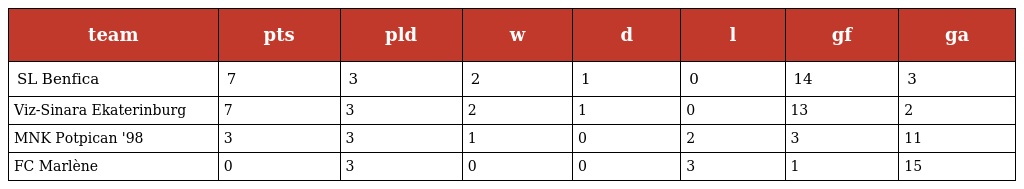
| team | pts | pld | w | d | l | gf | ga |
 | --- | --- | --- | --- | --- | --- | --- | --- |
 | SL Benfica | 7 | 3 | 2 | 1 | 0 | 14 | 3 |
 | Viz-Sinara Ekaterinburg | 7 | 3 | 2 | 1 | 0 | 13 | 2 |
 | MNK Potpican '98 | 3 | 3 | 1 | 0 | 2 | 3 | 11 |
 | FC Marlène | 0 | 3 | 0 | 0 | 3 | 1 | 15 |